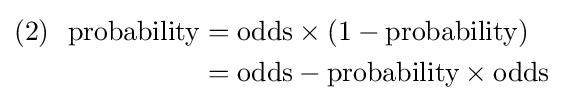
{\begin{aligned}(2)\ {\text{ probability}}&={\text{odds}}\times (1-{\text{probability}})\\&={\text{odds}}-{\text{probability}}\times {\text{odds}}\end{aligned}}